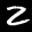
Label: 2